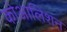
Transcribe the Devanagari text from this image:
कोआलिशन